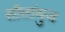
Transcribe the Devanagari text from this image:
सीतांबुज